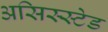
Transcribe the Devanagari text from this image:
असिस्स्टेड